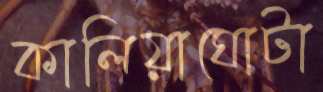
কালিয়াঘোটা